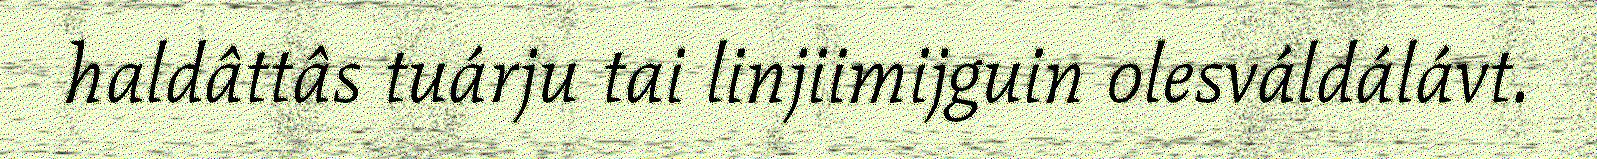
haldâttâs tuárju tai linjiimijguin olesváldálávt.